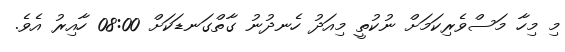
މި މިހާ މަސްވެރިކަމަށް ނުކުތީ މިއަދު ހެނދުނު ގާތްގަނޑަކަށް 08:00 ހާއިރު އެވެ.